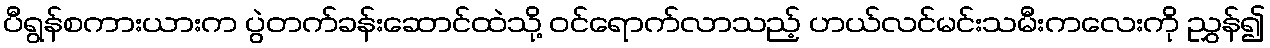
ပီရွန်စကားယားက ပွဲတက်ခန်းဆောင်ထဲသို့ ဝင်ရောက်လာသည့် ဟယ်လင်မင်းသမီးကလေးကို ညွှန်၍